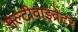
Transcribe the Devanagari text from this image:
मल्टीवाइव्रेटर